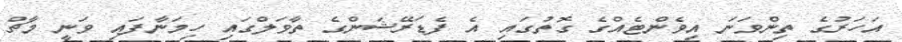
އަހަރުގެ ތިންވަނަ އިވެންޓެއްގެ ގޮތުގައި އެ ފެޑަރޭޝަންގެ ތާވަލްގައި ހިމަނާފައި ވަނީ މާޗް